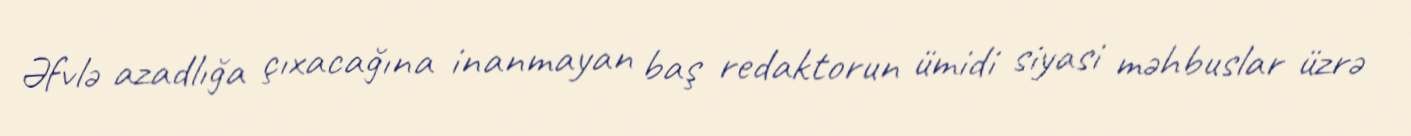
Əfvlə azadlığa çıxacağına inanmayan baş redaktorun ümidi siyasi məhbuslar üzrə